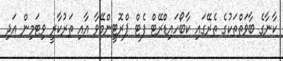
ކާނާގެ ބާވަތްތަކުގެ ތެރޭގައި ކާބޯހައިޑްރޭޓް ފެޓް ޕްރޮޓީންމޭވާ އާއި ތަރުކާރީ ވިޓަމިން އަދި